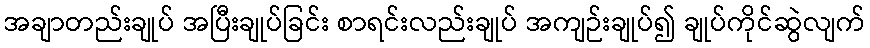
အချာတည်းချုပ် အပြီးချုပ်ခြင်း စာရင်းလည်းချုပ် အကျဉ်းချုပ်၍ ချုပ်ကိုင်ဆွဲလျက်